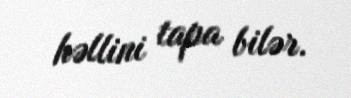
həllini tapa bilər.